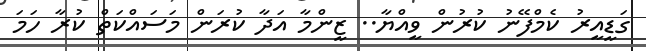
ގަޑީއީރު ކެމްފޭނު ކުރުން ވީއްޔާ.. ޒީންމާ އަދާ ކުރަން މަސައްކަތް ކުރާ ހަމަ